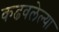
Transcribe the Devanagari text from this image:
कढवलेल्या